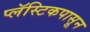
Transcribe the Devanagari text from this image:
प्लॅस्टिकपासून